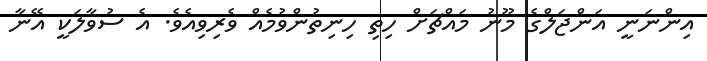
އިންނަނީ އަންޖަލްގެ މޫނު މައްޗަށް ހިތި ހިނިތުންވުމެއް ވެރިވިއެވެ. އެ ސުވާލަކީ އޭނާ